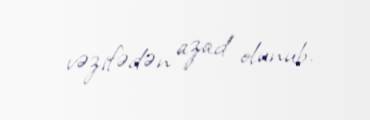
vəzifədən azad olunub.